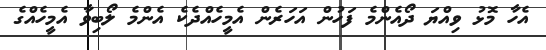
އެހާ މޮޅު ވިއްޔަ ދޯއެންމެ ފަހުން އަހަރެން އެމީހެއްދެކެ އެންމެ ލޯބިވާ އެމީހެއްގެ